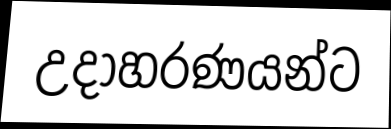
උදාහරණයන්ට